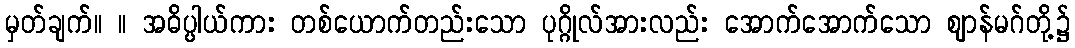
မှတ်ချက်။ ။ အဓိပ္ပါယ်ကား တစ်ယောက်တည်းသော ပုဂ္ဂိုလ်အားလည်း အောက်အောက်သော ဈာန်မဂ်တို့၌